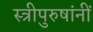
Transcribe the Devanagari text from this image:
स्त्रीपुरुषांनीं